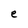
Character: e